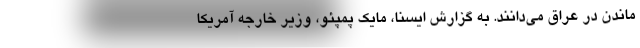
ماندن در عراق می‌دانند. به گزارش ایسنا، مایک پمپئو، وزیر خارجه آمریکا